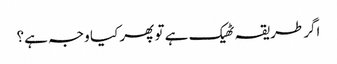
اگر طریقہ ٹھیک ہے تو پھر کیا وجہ ہے؟